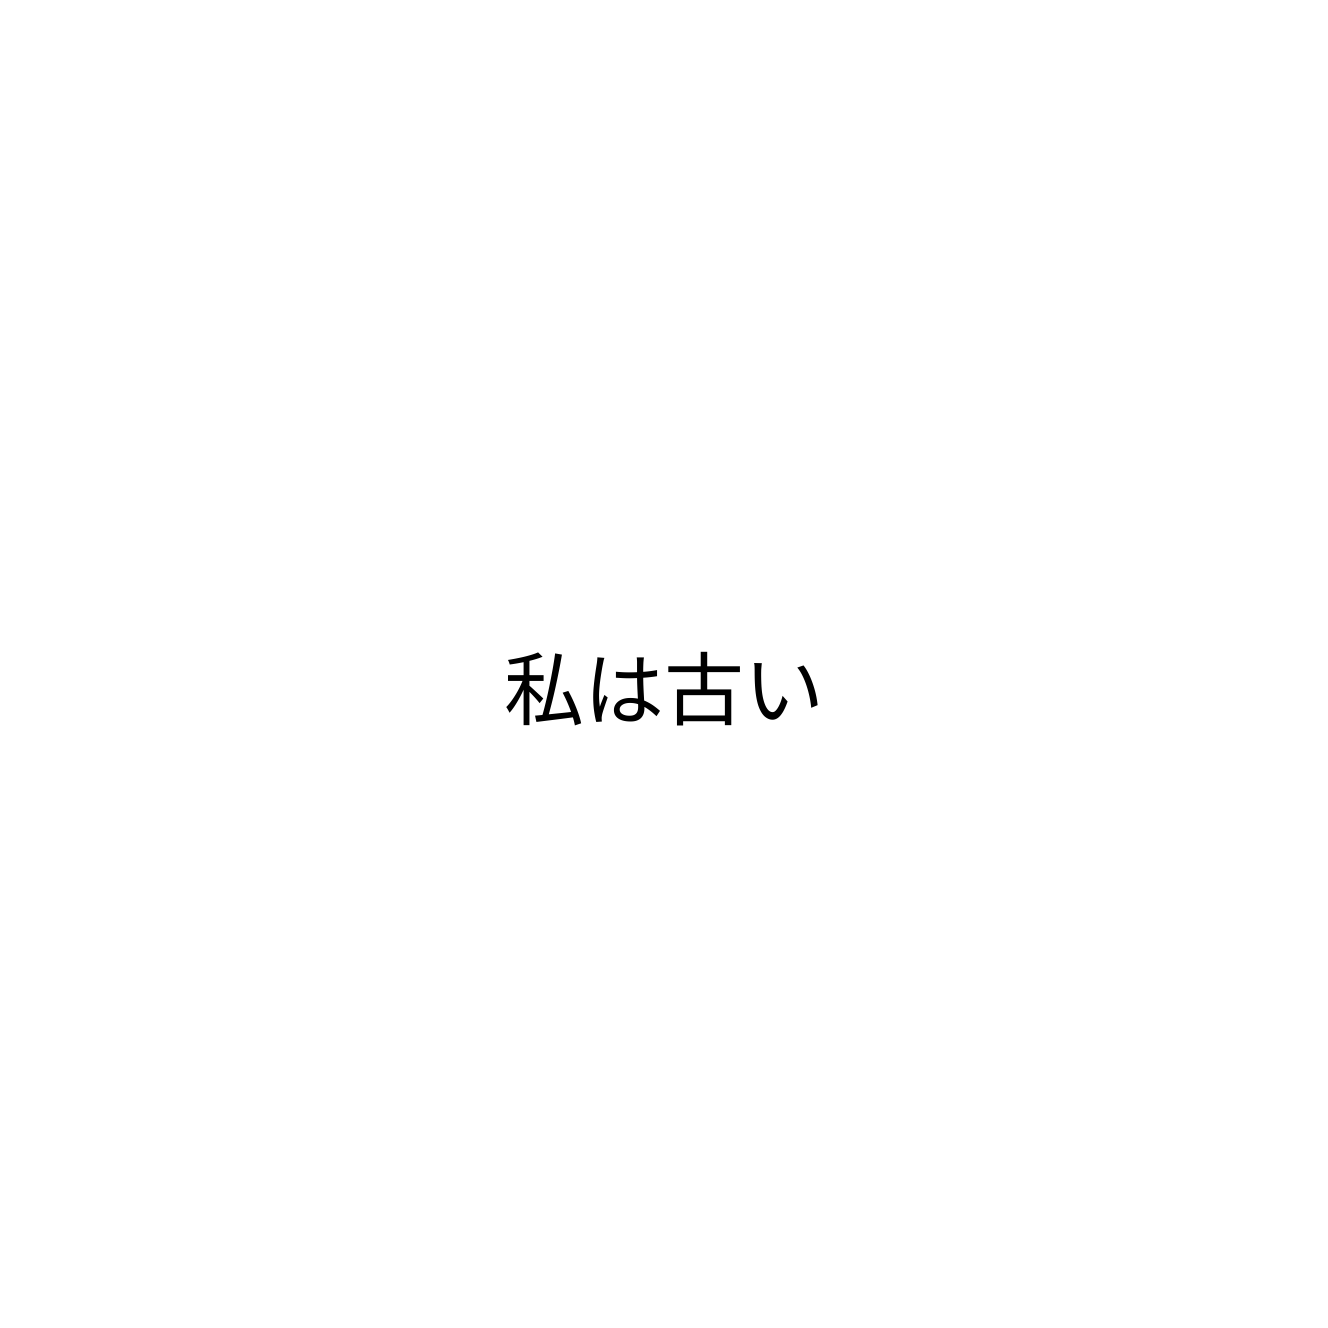
私は古い